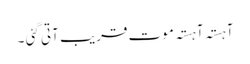
آہستہ آہستہ موت قریب آتی گئی ۔